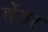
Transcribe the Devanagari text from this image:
बेंवर